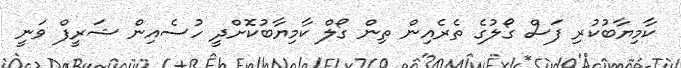
ކާމިޔާބުކުރި ފަސް ގޯލުގެ ތެރެއިން ތިން ގޯލް ކާމިޔާބުކޮށްދީ ހުސެއިން ޝަރީފް ވަނީ